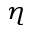
_ \eta